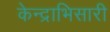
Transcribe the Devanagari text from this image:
केन्द्राभिसारी